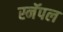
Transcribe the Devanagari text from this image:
स्नॅपल